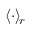
\langle \cdot \rangle _ { \! r }